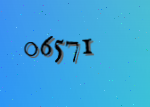
06571